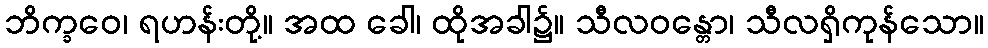
ဘိက္ခဝေ၊ ရဟန်းတို့။ အထ ခေါ၊ ထိုအခါ၌။ သီလဝန္တော၊ သီလရှိကုန်သော။